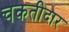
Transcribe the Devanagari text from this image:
चकतीदार